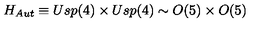
H _ { A u t } \equiv U s p ( 4 ) \times U s p ( 4 ) \sim O ( 5 ) \times O ( 5 )